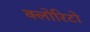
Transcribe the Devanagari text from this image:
क्लोरिटो